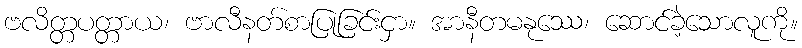
ဗလိတ္တပတ္တာယ၊ ဗာလီနတ်စာပြုခြင်းငှာ။ အာနီတမနုဿေ၊ ဆောင်ခဲ့သောလူကို။